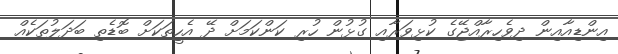
އިންޑިއާއިން ދިވެހިރާއްޖޭގެ ކުޅިވަރާއި ގުޅުން ހުރި ކަންކަމަށް ދޭ އެހީތަކަށް ބޮޑެތި ބަދަލުތަކެއް